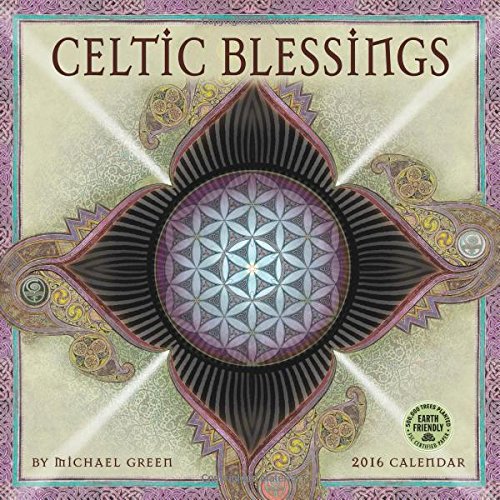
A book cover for Celtic Blessings 2016 Wall Calendar; Michael J. Green; Arts & Photography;